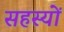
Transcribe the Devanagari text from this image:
सहस्यों